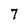
Character: 7